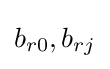
b_{r0},b_{rj}